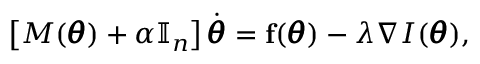
\left[ M ( \pmb \theta ) + \alpha \mathbb I _ { n } \right] \dot { \pmb \theta } = \mathbf f ( \pmb \theta ) - \lambda \nabla I ( \pmb \theta ) ,